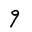
Letter: _waw